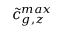
\tilde { c } _ { g , z } ^ { m a x }